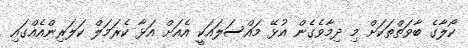
ކޯލާގެ ބާވަތްތަކަށް މި ދިމާވެގެން އުޅޭ މައްސަލައަކީ އެއަށް އަޅާ ކެރަމަލް ކަލަރިންއެއްގައި